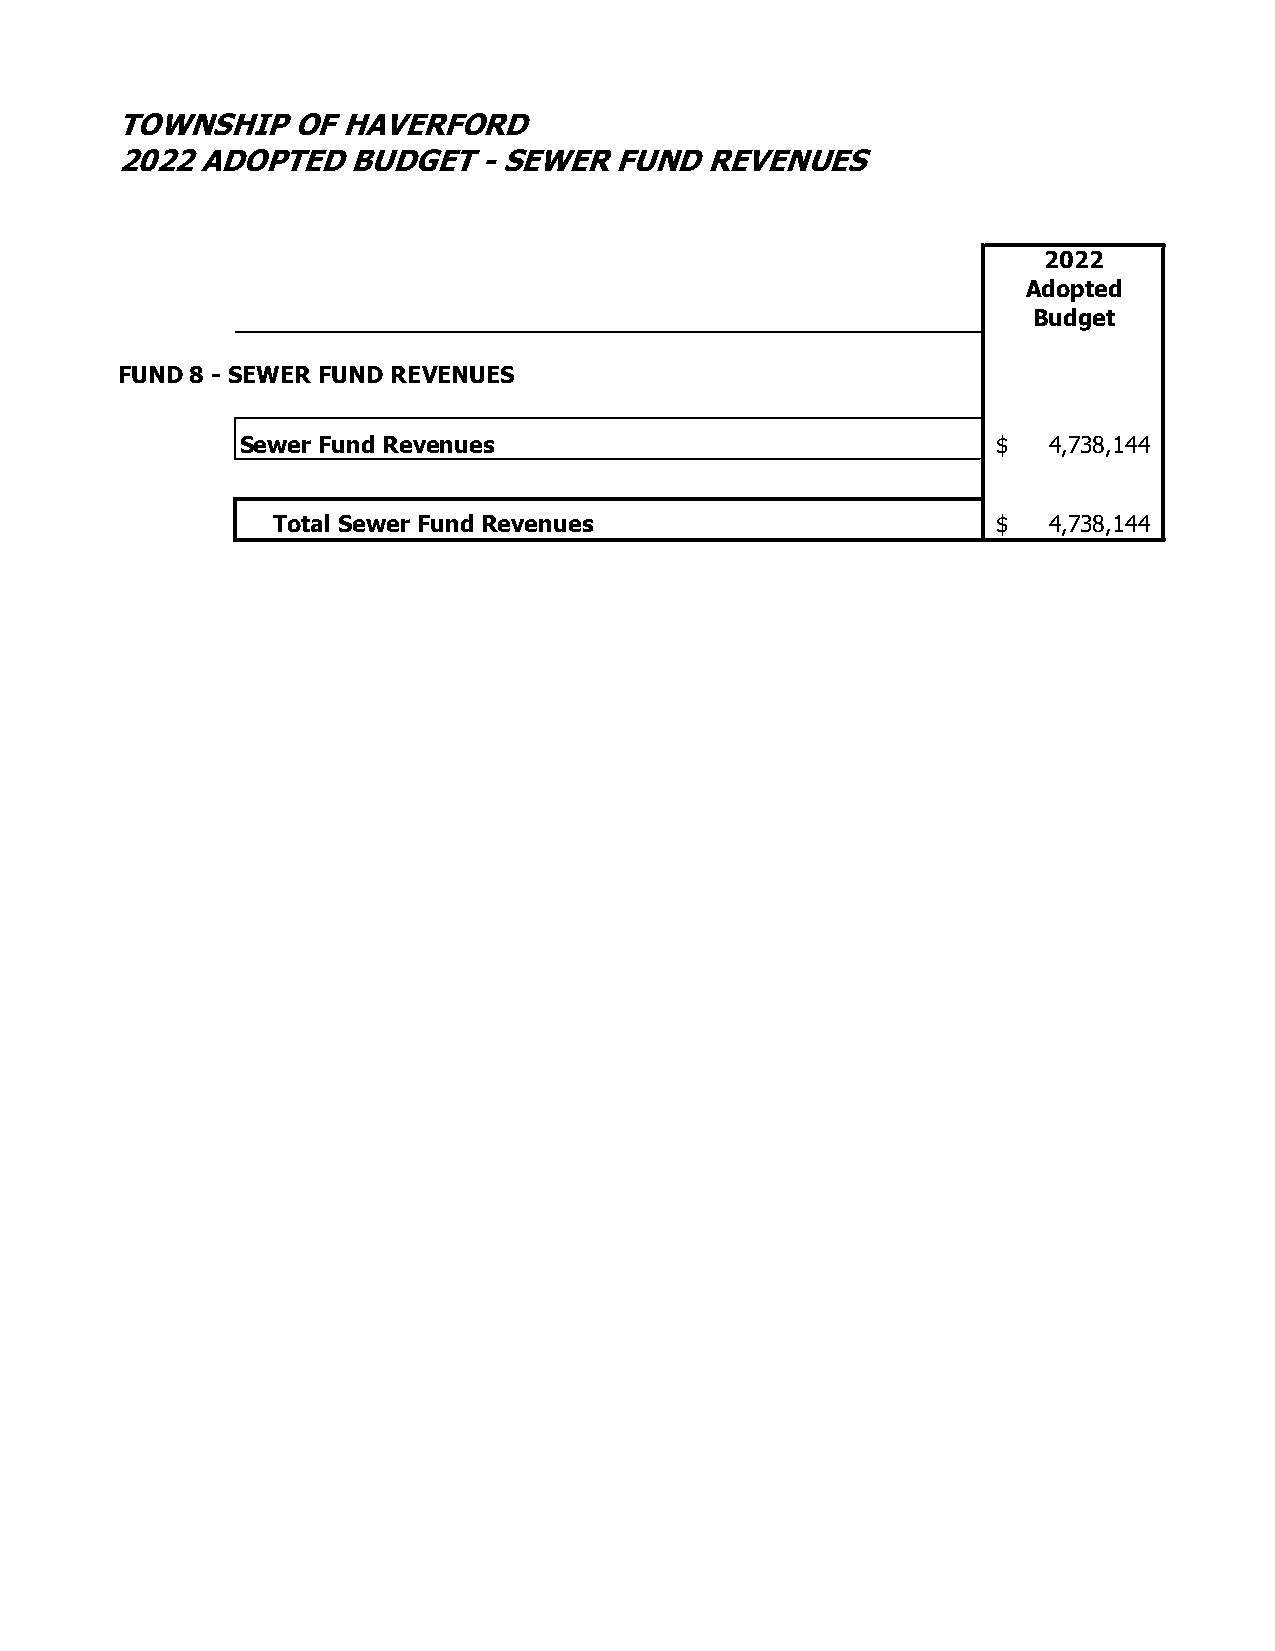
TOWNSHIP   OF  HAVERFORD
 2022 ADOPTED   BUDGET   - SEWER  FUND  REVENUES
 2022
 Adopted
 Budget
 FUND 8 - SEWER FUND REVENUES
 Sewer Fund Revenues                               $  4,738,144
 Total Sewer Fund Revenues                       $  4,738,144